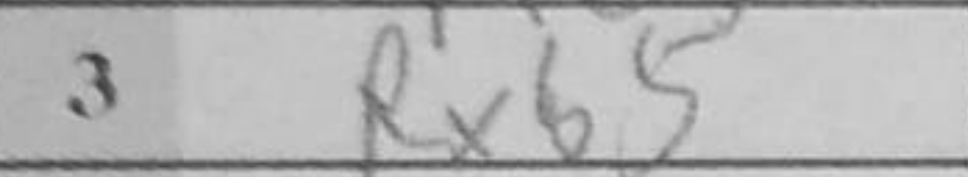
Transcription: Rxb5